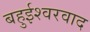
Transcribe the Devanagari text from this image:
बहुईश्वरवाद